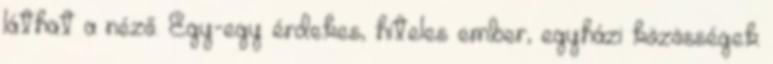
láthat a néző. Egy-egy érdekes, hiteles ember, egyházi közösségek